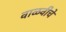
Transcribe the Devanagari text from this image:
वाळवीचे